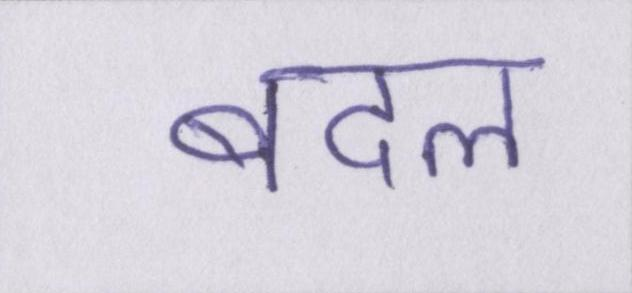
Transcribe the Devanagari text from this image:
बदल